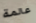
عالمة